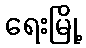
ရေးမြို့